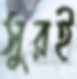
সুরই